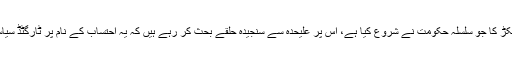
احتساب اور پکڑ دھکڑ کا جو سلسلہ حکومت نے شروع کیا ہے، اس پر علیحدہ سے سنجیدہ حلقے بحث کر رہے ہیں کہ یہ احتساب کے نام پر ٹارگٹڈ سیاسی انتقام ہو رہا ہے۔